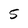
Character: 5